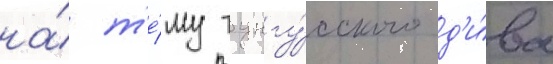
на́ т'е́му тунгу́сского д'и́ва